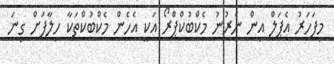
މިފަހަރު އެޕަލް އިން ނެރުނު މެކްބުކްޕްރޯ އަކީ އެހެން މެކްބުކްތަކާ ހިލާފަށް ގިނަ